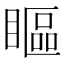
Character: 瞘